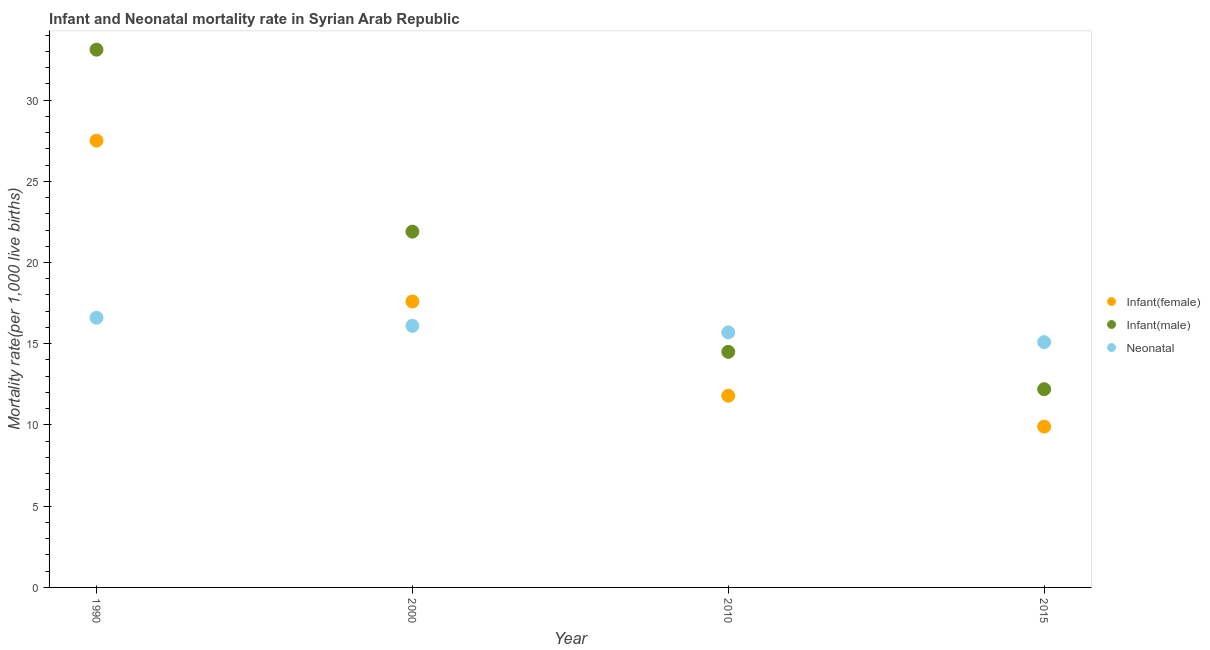
| Year | Infant(female) | Infant(male) | Neonatal  |
 | --- | --- | --- | --- |
 | 1990 | 27.5 | 33.1 | 16.6 |
 | 2000 | 17.6 | 21.9 | 16.1 |
 | 2010 | 11.8 | 14.5 | 15.7 |
 | 2015 | 9.9 | 12.2 | 15.1 |